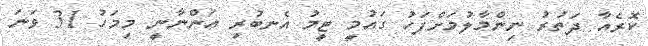
ކޮރެއާ ދަތުރު ނިންމާލުމަށްފަހު ގައުމީ ޓީމު އެނބުރި އަންނާނީ މިމަހު 31 ވަނަ